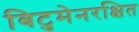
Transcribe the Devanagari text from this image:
बिटुमेनरक्षित